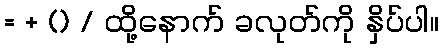
= + () / ထို့နောက် ခလုတ်ကို နှိပ်ပါ။